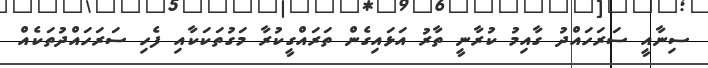
ސިނާއީ ސަރަހައްދު ގާއިމު ކުރާނީ ތާރު އަޅައިގެން ތަރައްގީކުރާ މަގުތަކަކާއި ފެހި ސަރަހައްދުތަކެއް